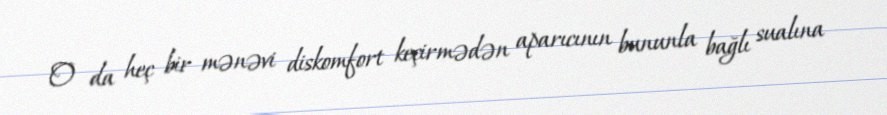
O da heç bir mənəvi diskomfort keçirmədən aparıcının bununla bağlı sualına